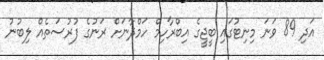
އަދި 89 ވަނަ މިނިޓުގައި ބީޖީގެ އިބްރާހިމް ހަމްދާނަށް ރަނުގެ ފުރުސަތެއް ލިބުނު